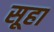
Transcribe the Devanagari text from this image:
सूहा